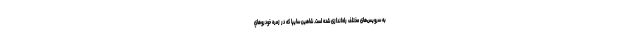
به سرویس‌های مختلف راه‌اندازی شده است. شاهين سایپا كه در زمره خودروهاي